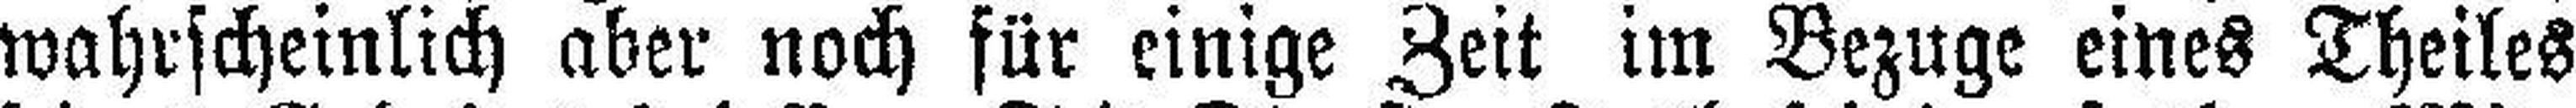
wahrscheinlich aber noch für einige Zeit im Bezuge eines Theiles